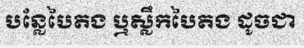
បន្លែបៃតង ឬស្លឹកបៃតង ដូចជា